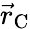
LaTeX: {\vec{r}_{\mathrm{C}}}